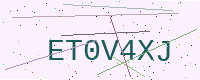
Text: ET0V4XJ